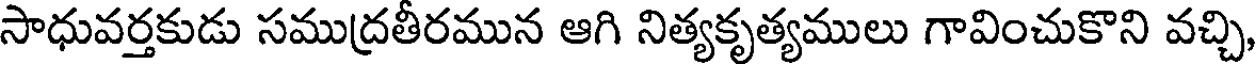
సాధువర్తకుడు సముద్రతీరమున ఆగి నిత్యకృత్యములు గావించుకొని వచ్చి,